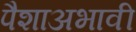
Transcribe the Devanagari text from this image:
पैशाअभावी